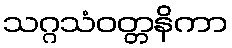
သဂ္ဂသံဝတ္တနိကာ